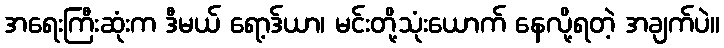
အရေးကြီးဆုံးက ဒီမယ် ရော့ဒ်ယာ၊ မင်းတို့သုံးယောက် နေလို့ရတဲ့ အချက်ပဲ။